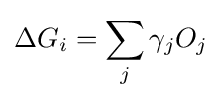
\Delta G_{i}=\sum _{j}\gamma _{j}O_{j}\,\!